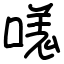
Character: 嗴